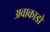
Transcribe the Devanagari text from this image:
अवाकाडो